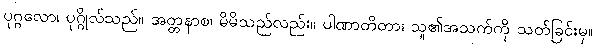
ပုဂ္ဂလော၊ ပုဂ္ဂိုလ်သည်။ အတ္တနာစ၊ မိမိသည်လည်း။ ပါဏာတိတာ၊ သူ၏အသက်ကို သတ်ခြင်းမှ။